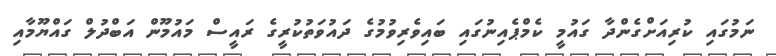
ނަމުގައި ކުރިއަށްގެންދާ ގައުމީ ކެމްޕެއިނުގައި ބައިވެރިވުމުގެ ދައުވަތުކުރީގެ ރައީސް މައުމޫން އަބްދުލް ގައްޔޫމާއި